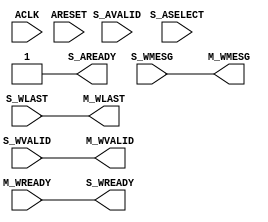
module axi_crossbar_v2_1_15_wdata_mux #
  (
   parameter         C_FAMILY       = "none", 
   parameter integer C_WMESG_WIDTH            =  1, 
   parameter integer C_NUM_SLAVE_SLOTS     =  1, 
   parameter integer C_SELECT_WIDTH      =  1, 
   parameter integer C_FIFO_DEPTH_LOG     =  0 
   )
  (
   input  wire                                        ACLK,
   input  wire                                        ARESET,
   input  wire [C_NUM_SLAVE_SLOTS*C_WMESG_WIDTH-1:0]     S_WMESG,
   input  wire [C_NUM_SLAVE_SLOTS-1:0]                S_WLAST,
   input  wire [C_NUM_SLAVE_SLOTS-1:0]                S_WVALID,
   output wire [C_NUM_SLAVE_SLOTS-1:0]                S_WREADY,
   output wire [C_WMESG_WIDTH-1:0]                       M_WMESG,
   output wire                                        M_WLAST,
   output wire                                        M_WVALID,
   input  wire                                        M_WREADY,
   input  wire [C_SELECT_WIDTH-1:0]                 S_ASELECT,  
   input  wire                                        S_AVALID,
   output wire                                        S_AREADY
   );
  localparam integer P_FIFO_DEPTH_LOG = (C_FIFO_DEPTH_LOG <= 5) ? C_FIFO_DEPTH_LOG : 5;  
  function [C_NUM_SLAVE_SLOTS-1:0] f_decoder (
      input [C_SELECT_WIDTH-1:0] sel
    );
    integer i;
    begin
      for (i=0; i<C_NUM_SLAVE_SLOTS; i=i+1) begin
        f_decoder[i] = (sel == i);
      end
    end
  endfunction
  wire                                          m_valid_i;
  wire                                          m_last_i;
  wire [C_NUM_SLAVE_SLOTS-1:0]             m_select_hot;
  wire [C_SELECT_WIDTH-1:0]                 m_select_enc;
  wire                                          m_avalid;
  wire                                          m_aready;
  generate
    if (C_NUM_SLAVE_SLOTS>1) begin : gen_wmux
      axi_data_fifo_v2_1_13_axic_reg_srl_fifo #
        (
         .C_FAMILY          (C_FAMILY),
         .C_FIFO_WIDTH      (C_SELECT_WIDTH),
         .C_FIFO_DEPTH_LOG  (P_FIFO_DEPTH_LOG),
         .C_USE_FULL        (0)
         )
        wmux_aw_fifo
          (
           .ACLK    (ACLK),
           .ARESET  (ARESET),
           .S_MESG  (S_ASELECT),
           .S_VALID (S_AVALID),
           .S_READY (S_AREADY),
           .M_MESG  (m_select_enc),
           .M_VALID (m_avalid),
           .M_READY (m_aready)
           );
      assign m_select_hot = f_decoder(m_select_enc);
      generic_baseblocks_v2_1_0_mux_enc # 
        (
         .C_FAMILY      ("rtl"),
         .C_RATIO       (C_NUM_SLAVE_SLOTS),
         .C_SEL_WIDTH   (C_SELECT_WIDTH),
         .C_DATA_WIDTH  (C_WMESG_WIDTH)
        ) mux_w 
        (
         .S   (m_select_enc),
         .A   (S_WMESG),
         .O   (M_WMESG),
         .OE  (1'b1)
        ); 
      assign m_last_i  = |(S_WLAST & m_select_hot);
      assign m_valid_i = |(S_WVALID & m_select_hot);
      assign m_aready = m_valid_i & m_avalid & m_last_i & M_WREADY;
      assign M_WLAST = m_last_i;
      assign M_WVALID = m_valid_i & m_avalid;
      assign S_WREADY = m_select_hot & {C_NUM_SLAVE_SLOTS{m_avalid & M_WREADY}};
    end else begin : gen_no_wmux
      assign S_AREADY = 1'b1;
      assign M_WVALID = S_WVALID;
      assign S_WREADY = M_WREADY;
      assign M_WLAST = S_WLAST;
      assign M_WMESG = S_WMESG;
    end
  endgenerate
endmodule